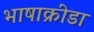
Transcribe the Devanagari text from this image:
भाषाक्रीडा